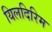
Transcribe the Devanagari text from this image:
यिलदिरिम